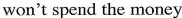
won't spend the money